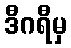
ဒီဂရီမှ